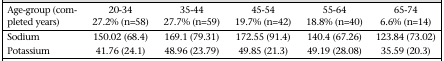
| Age-group (completed years) | 20-34 27.2% (n=58) | 35-44 27.7% (n=59) | 45-54 19.7% (n=42) | 55-64 18.8% (n=40) | 65-74 6.6% (n=14) |
 | --- | --- | --- | --- | --- | --- |
 | Sodium | 150.02 (68.4) | 169.1 (79.31) | 172.55 (91.4) | 140.4 (67.26) | 123.84 (73.02) |
 | Potassium | 41.76 (24.1) | 48.96 (23.79) | 49.85 (21.3) | 49.19 (28.08) | 35.59 (20.3) |